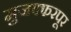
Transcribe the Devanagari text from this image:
मुजफ्फरपूर